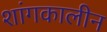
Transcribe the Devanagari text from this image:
शांगकालीन